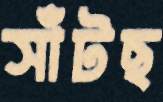
সাঁটছ